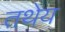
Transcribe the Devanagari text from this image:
तथेय